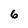
Character: 6